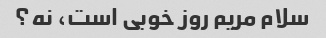
سلام مریم روز خوبی است، نه؟